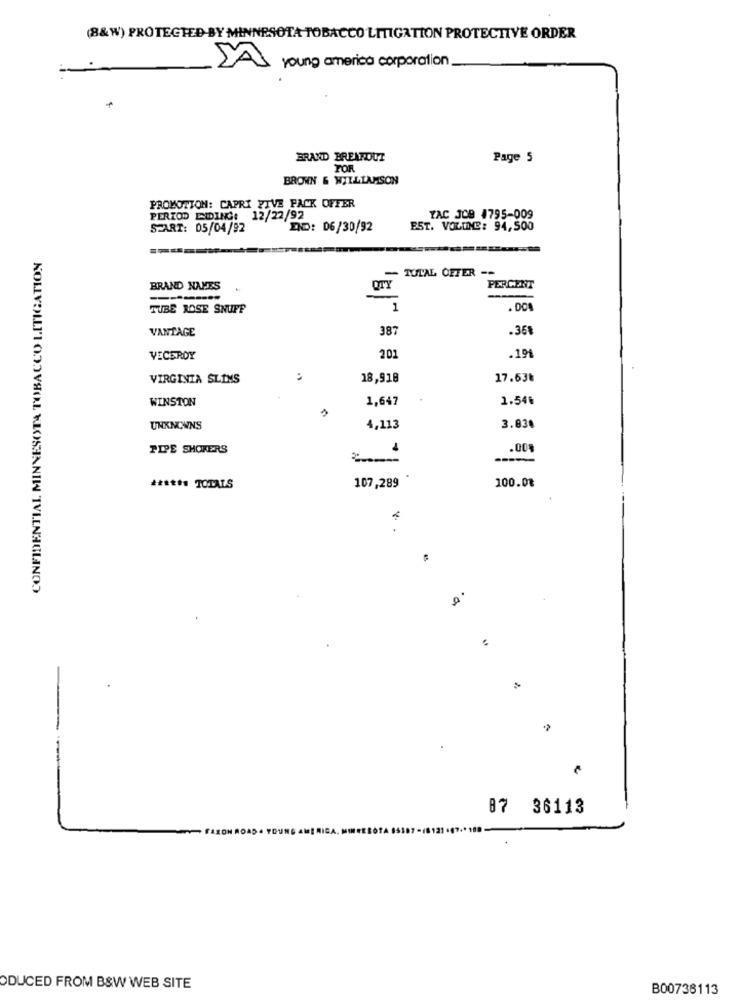
(8& W) PROTECTED BY MINNESOTA TOBACCO LITIGATION PROTECTIVE ORDER
young america corporation
BRAND BREAKOUT
Page 5
FOR
BROWN & WILLIAMSON
PROMOTION: CAPRI FIVE PACK OFFER
PERIOD EIDING: 12/22/92
TAC JOB 4795-009
START: 05/04/92
END: 06/30/92
EST. VOLDIE: 94,500
CONFIDENTIAL MINNESOTA TOBACCO LITIGATION
- TUTAL OFFER --
BRAND NAMES
PERCENT
TUBE ROSE SNUFF
=
. DOA
VANTAGE
387
.36%
.194
VECERDY
201
VIRGINIA SLIMS
18,918
17.63₺
WINSTON
1,647
1.54%
UNKNOWNS
4,113
3.030
PIPE SHOKERS
.00
----
100.08
****** TOTALS
107,289
87 36113
ODUCED FROM B&W WEB SITE
B00738113